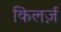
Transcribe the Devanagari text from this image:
किलर्ज़